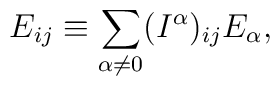
E_{ij} \equiv \sum_{\alpha \neq 0} (I^\alpha)_{ij} E_{\alpha},